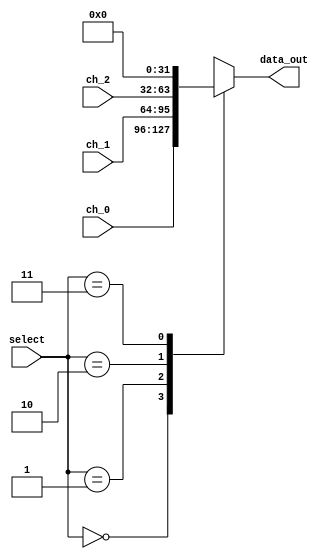
module Mux_3x1_b #(parameter W=32)
(
//Input Signals
input wire [1:0] select,
input wire [W-1:0] ch_0,
input wire [W-1:0] ch_1,
input wire [W-1:0] ch_2,
//Output Signals
output reg [W-1:0] data_out
);
    always @*
        begin
            case(select)
                2'b00: data_out <= ch_0;
                2'b01: data_out <= ch_1;
                2'b10: data_out <= ch_2;
                2'b11: data_out <= {W{1'b0}};
                default : data_out <= ch_0;
            endcase
        end
endmodule